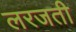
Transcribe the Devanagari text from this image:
लरजती